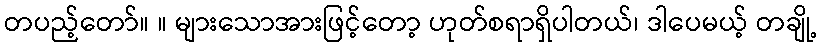
တပည့်တော်။ ။ များသောအားဖြင့်တော့ ဟုတ်စရာရှိပါတယ်၊ ဒါပေမယ့် တချို့